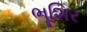
ભૂશિર